Madras plague regulations in force outside the Presidency town - Volume 3
Disease focus: Plague
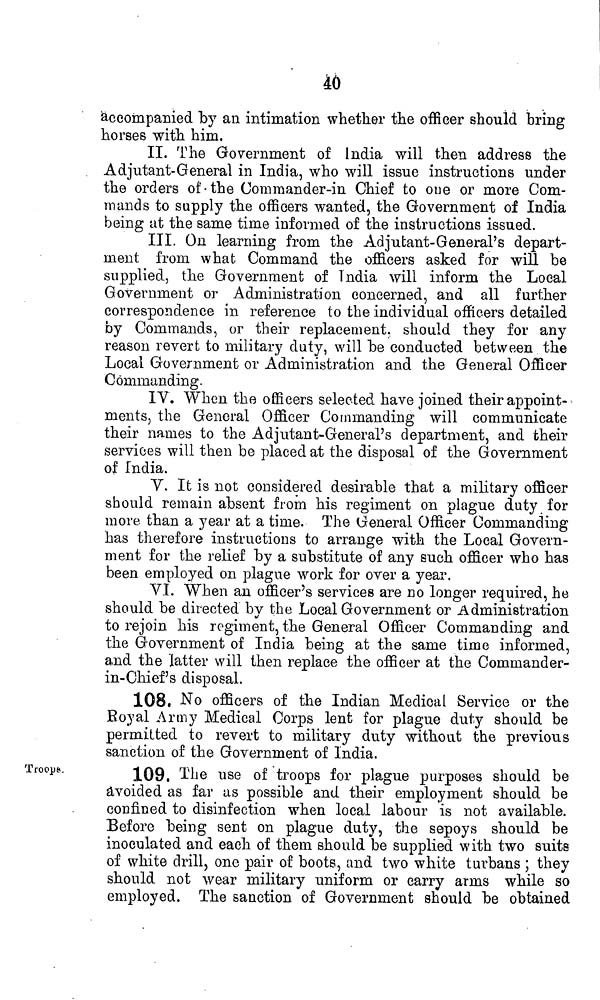
40
accompanied by an intimation whether the officer should bring
horses with him.
II. The Government of India will then address the
Adjutant-General in India, who will issue instructions under
the orders of the Commander-in Chief to one or more Com-
mands to supply the officers wanted, the Government of India
being at the same time informed of the instructions issued.
III. On learning from the Adjutant-General's depart-
ment from what Command the officers asked for will be
supplied, the Government of India will inform the Local
Government or Administration concerned, and all further
correspondence in reference to the individual officers detailed
by Commands, or their replacement, should they for any
reason revert to military duty, will be conducted between the
Local Government or Administration and the General Officer
Commanding.
IV. When the officers selected have joined their appoint-
ments, the General Officer Commanding will communicate
their names to the Adjutant-General's department, and their
services will then be placed at the disposal of the Government
of India.
Y. It is not considered desirable that a military officer
should remain absent from his regiment on plague duty for
more than a year at a time. The General Officer Commanding
has therefore instructions to arrange with the Local Govern-
ment for the relief by a substitute of any such officer who has
been employed on plague work for over a year.
VI. When an officer's services are no longer required, he
should be directed bv the Local Government or Administration
*/
to rejoin his regiment, the General Officer Commanding and
the Government of India being at the same time informed,
and the latter will then replace the officer at the Commander-
in-Chief's disposal.
108. No officers of the Indian Medical Service or the
Royal Army Medical Corps lent for plague duty should be
permitted to revert to military duty without the previous
sanction of the Government of India.
Troop».
109, The use of troops for plague purposes should be
avoided as far as possible and their employment should be
confined to disinfection when local labour is not available.
Before being sent on plague duty, the sepoys should be
inoculated and each of them should be supplied with two suits
of white drill, one pair of boots, and two white turbans ; they
should not wear military uniform or carry arms while so
employed. The sanction of Government should be obtained